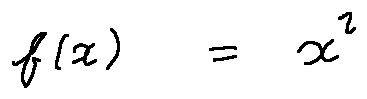
f ( x ) = x ^ { 2 }